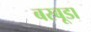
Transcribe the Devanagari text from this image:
बरबूडा